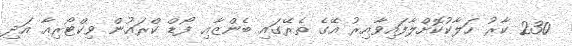
230 ކާރު ހަލާކުކޮށްލާފައިވާއިރު އޭގެ ތެރޭގައި ބެންޒާއި ފޯޑް ކްރައުން ވިކްޓޯރިއާ އަދި